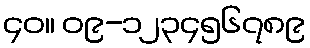
၄၀။ ၀၉-၁၂၃၄၅၆၇၈၉